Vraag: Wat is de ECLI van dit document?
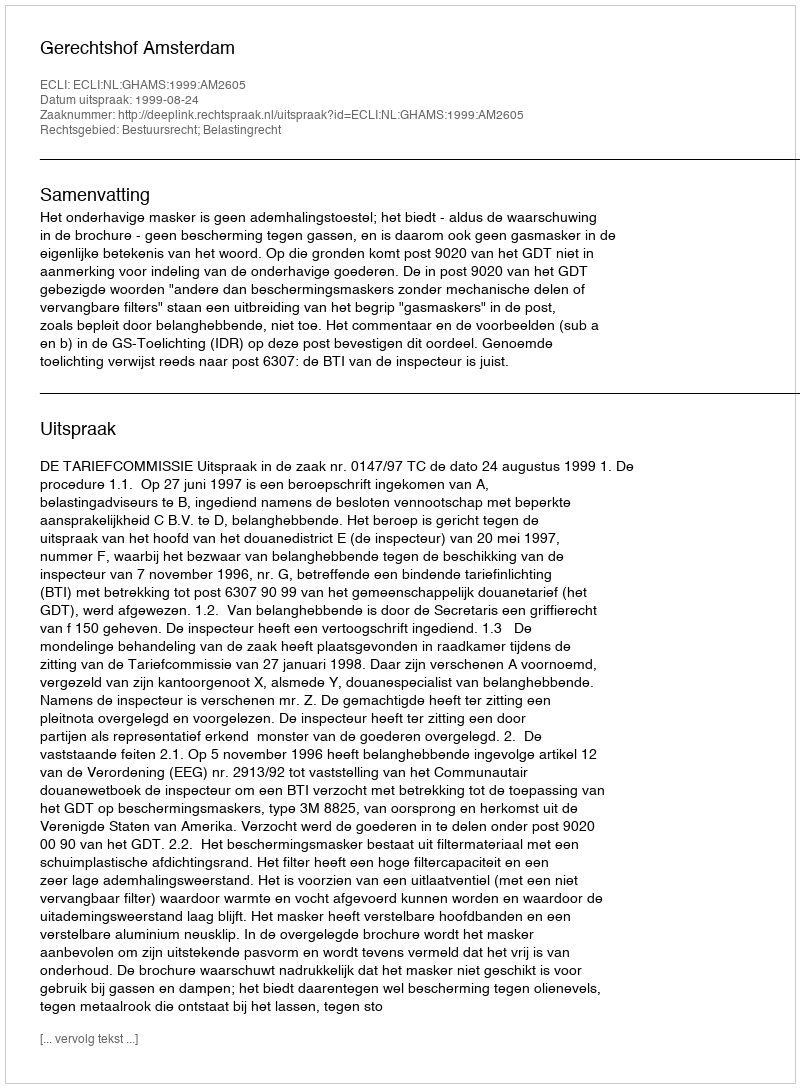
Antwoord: ECLI:NL:GHAMS:1999:AM2605